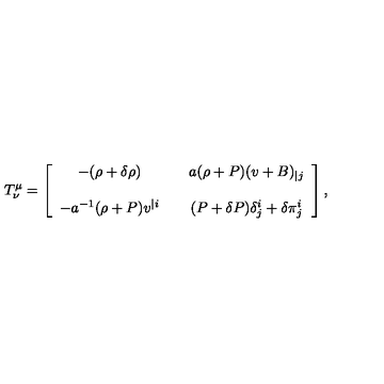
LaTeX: T _ { \nu } ^ { \mu } = \left[ \begin{array} { c c c } { - ( \rho + \delta \rho ) } & { } & { a ( \rho + P ) ( v + B ) _ { | j } } \\ { } & { } & { } \\ { - a ^ { - 1 } ( \rho + P ) v ^ { | i } } & { } & { ( P + \delta P ) \delta _ { j } ^ { i } + \delta \pi _ { j } ^ { i } } \\ \end{array} \right] ,